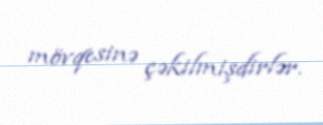
mövqesinə çəkilmişdirlər.